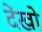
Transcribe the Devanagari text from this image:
देंखो